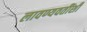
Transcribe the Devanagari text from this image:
लावण्यवतींशी